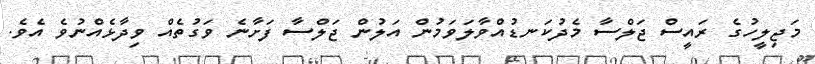
މަޖިލީހުގެ ރައީސް ޖަލްސާ މެދުކަނޑުއްވާލަވަމުން އަލުން ޖަލްސާ ފަށާނެ ވަގުތެއް ވިދާޅެއްނުވެ އެވެ.